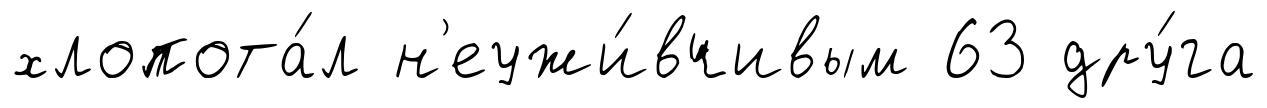
хлопота́л н'еужи́вчивым 63 дру́га